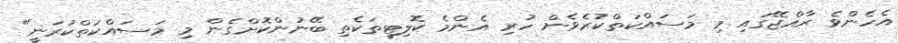
އެހެންވެ ރާއްޖޭގައި މި މަސައްކަތްކުރެވެން ހުރި އެންމެ ކޮލިޓީތަކެތި ބޭނުންކޮށްގެން މި މަސައްކަތްކުރަނީ"